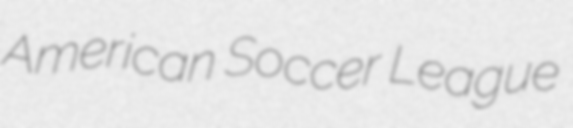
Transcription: American Soccer League